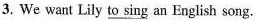
3. We want Lily \underline{to sing} an English song.